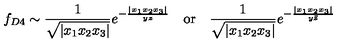
f _ { D 4 } \sim \frac { 1 } { \sqrt { | x _ { 1 } x _ { 2 } x _ { 3 } | } } e ^ { - \frac { | x _ { 1 } x _ { 2 } x _ { 3 } | } { y z } } \quad \mathrm { o r } \quad \frac { 1 } { \sqrt { | x _ { 1 } x _ { 2 } x _ { 3 } | } } e ^ { - \frac { | x _ { 1 } x _ { 2 } x _ { 3 } | } { y \bar { z } } }